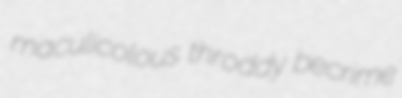
maculicolous throddy becrime